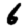
Digit: 6